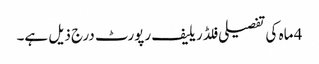
4 ماہ کی تفصیلی فلڈ ریلیف رپورٹ درج ذیل ہے۔